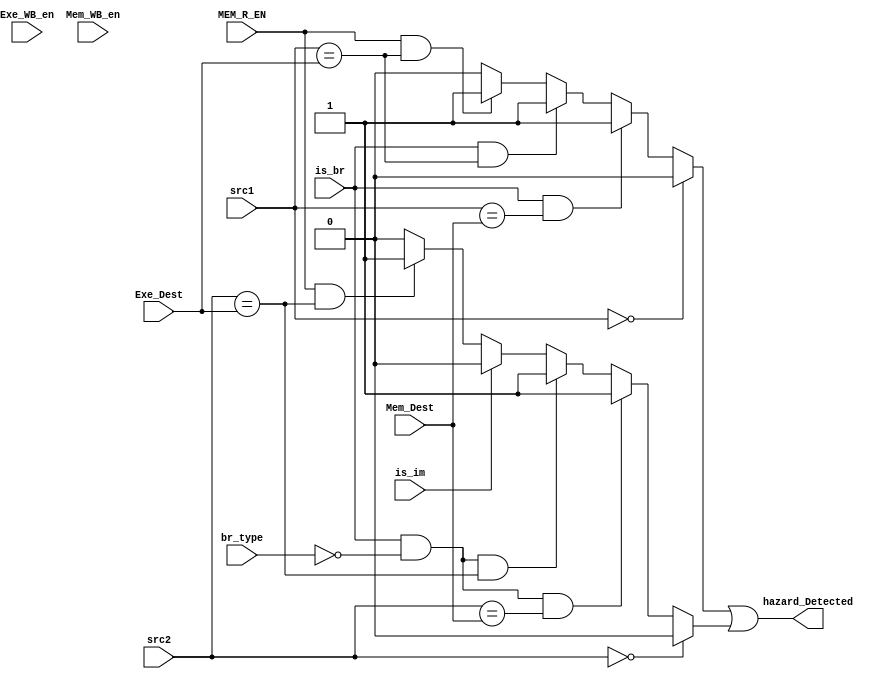
module Hazard_Unit (
  input [4:0] src1,
  input [4:0] src2,
  input [4:0] Exe_Dest,
  input Exe_WB_en,
  input [4:0] Mem_Dest,
  input is_br,
	input br_type,
	input MEM_R_EN,
  input Mem_WB_en,
  input is_im,

  output hazard_Detected
);
  wire src1_hazard;
  wire src2_hazard;

  assign src1_hazard = (src1 == 5'd0)? 1'd0:
                       (is_br == 1'b1 && src1 == Mem_Dest)? 1'b1:
                       (is_br == 1'b1 && src1 == Exe_Dest)? 1'b1:
                       (MEM_R_EN == 1'b1 && src1 == Exe_Dest ) ? 1'b1 :
                       (Exe_WB_en == 1'b1 && src1 == Exe_Dest) ? 1'b0 :
                       //(Mem_WB_en == 1'b1 && src1 == Mem_Dest) ? 1'b1 :
                       1'b0;

  assign src2_hazard = (src2 == 5'd0)? 1'd0:
                       (is_br == 1'b1 && br_type == 1'b0 && src2 == Mem_Dest)? 1'b1:
                       (is_br == 1'b1 && br_type == 1'b0 && src2 == Exe_Dest)? 1'b1:
                       (is_im == 1'b1) ? 1'b0:
                       (MEM_R_EN == 1'b1 && src2 == Exe_Dest ) ? 1'b1 :
                       (Exe_WB_en == 1'b1 && src2 == Exe_Dest) ? 1'b0 :
                       //(Mem_WB_en == 1'b1 && src2 == Mem_Dest) ? 1'b1 :
                       1'b0;

  assign hazard_Detected = src1_hazard | src2_hazard;

endmodule // Hazard_Unit